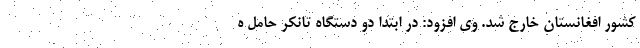
کشور افغانستان خارج شد. وی افزود: در ابتدا دو دستگاه تانکر حامل ه